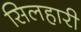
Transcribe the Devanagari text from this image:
सिलहारी